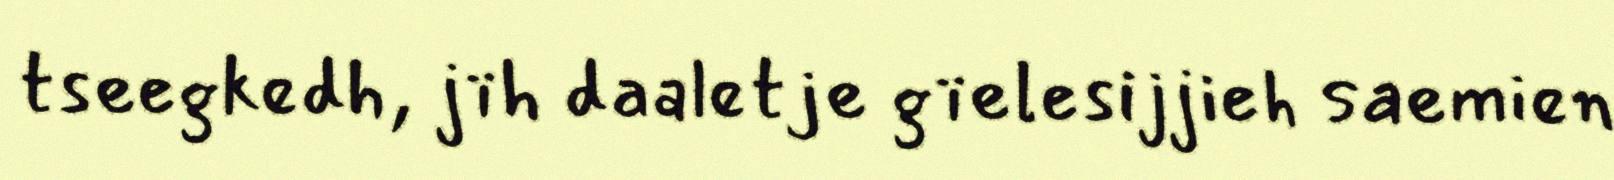
tseegkedh, jïh daaletje gïelesijjieh saemien